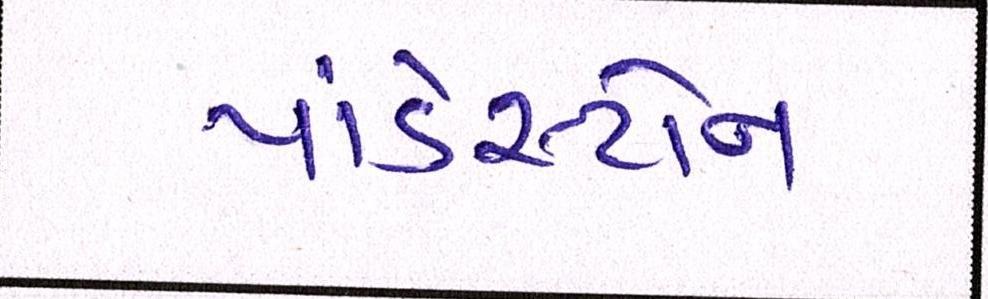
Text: પાંડેસ્ટોન